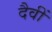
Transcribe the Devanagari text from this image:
दैवीं